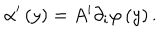
\alpha ^ { \prime } \left( y \right) = A ^ { i } \partial _ { i } \varphi \left( y \right) .